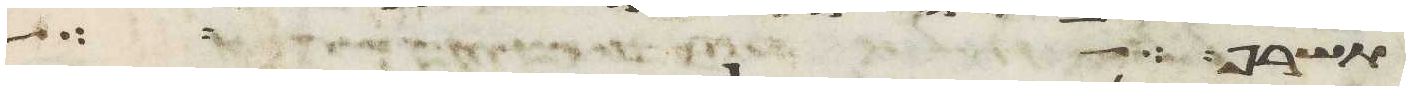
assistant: אשר שם משה לפני